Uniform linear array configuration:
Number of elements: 8
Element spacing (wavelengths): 0.5
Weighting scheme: blackman
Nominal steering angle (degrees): -30
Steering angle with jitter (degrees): -28.869
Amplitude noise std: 0.05
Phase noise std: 0.05

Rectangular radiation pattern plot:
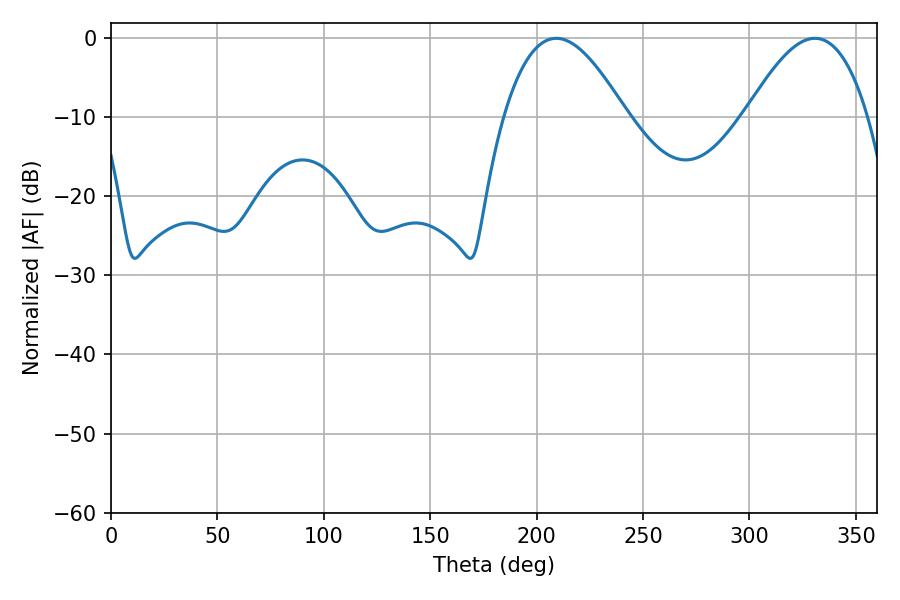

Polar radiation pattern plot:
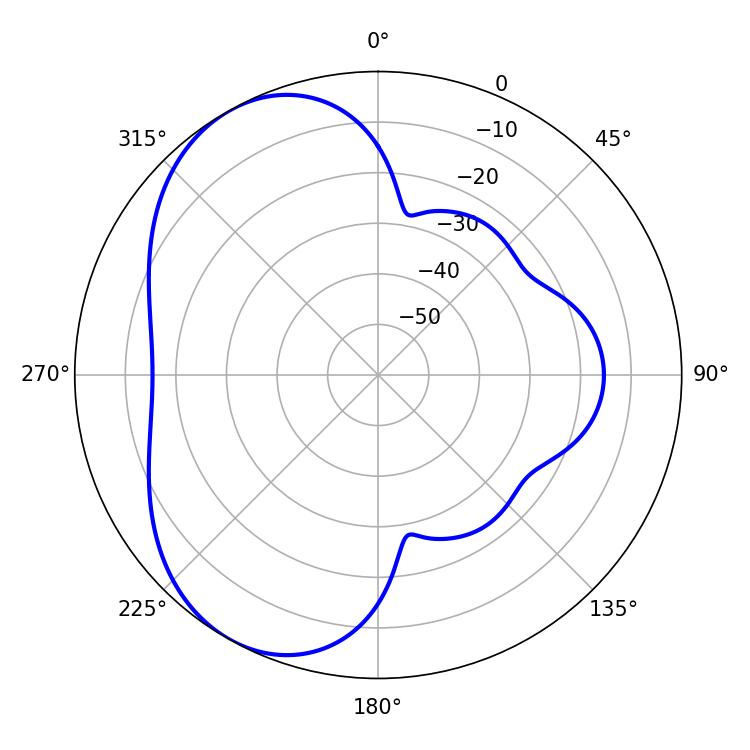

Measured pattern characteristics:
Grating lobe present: FALSE
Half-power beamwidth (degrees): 31.32
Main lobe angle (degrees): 209.16